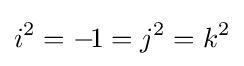
i^{2}=-\!1=j^{2}=k^{2}